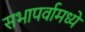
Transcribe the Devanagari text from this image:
सभापर्वामध्ये